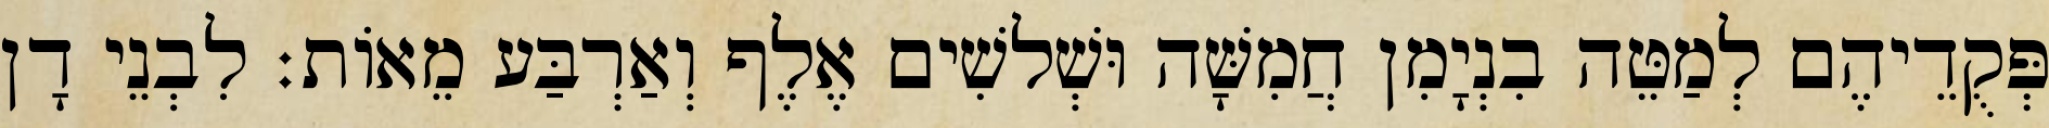
פְּקֻדֵיהֶם לְמַטֵּה בִנְיָמִן חֲמִשָּׁה וּשְׁלשִׁים אֶלֶף וְאַרְבַּע מֵאוֹת׃ לִבְנֵי דָן